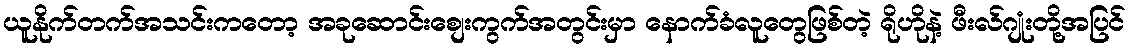
ယူနိုက်တက်အသင်းကတော့ အခုဆောင်းစျေးကွက်အတွင်းမှာ နောက်ခံလူတွေဖြစ်တဲ့ ရိုဟိုနဲ့ ဖီးလ်ဂျုံးတို့အပြင်